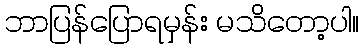
ဘာပြန်ပြောရမှန်း မသိတော့ပါ။